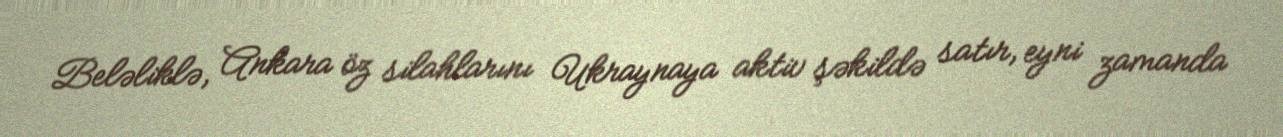
Beləliklə, Ankara öz silahlarını Ukraynaya aktiv şəkildə satır, eyni zamanda